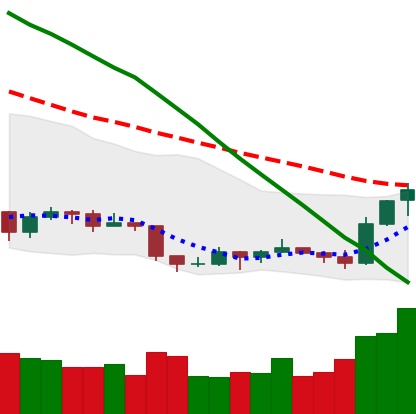
Ticker: EOS-USD
Chart end date: 2019-09-09
Forward return: 3.357%
Label: up_3_5